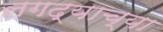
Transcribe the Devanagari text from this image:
लगद्याच्या